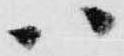
ハ